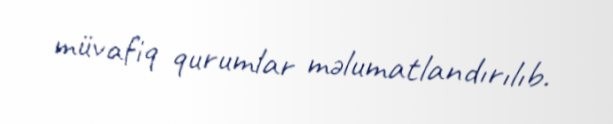
müvafiq qurumlar məlumatlandırılıb.